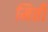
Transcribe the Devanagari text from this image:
मिर्ती